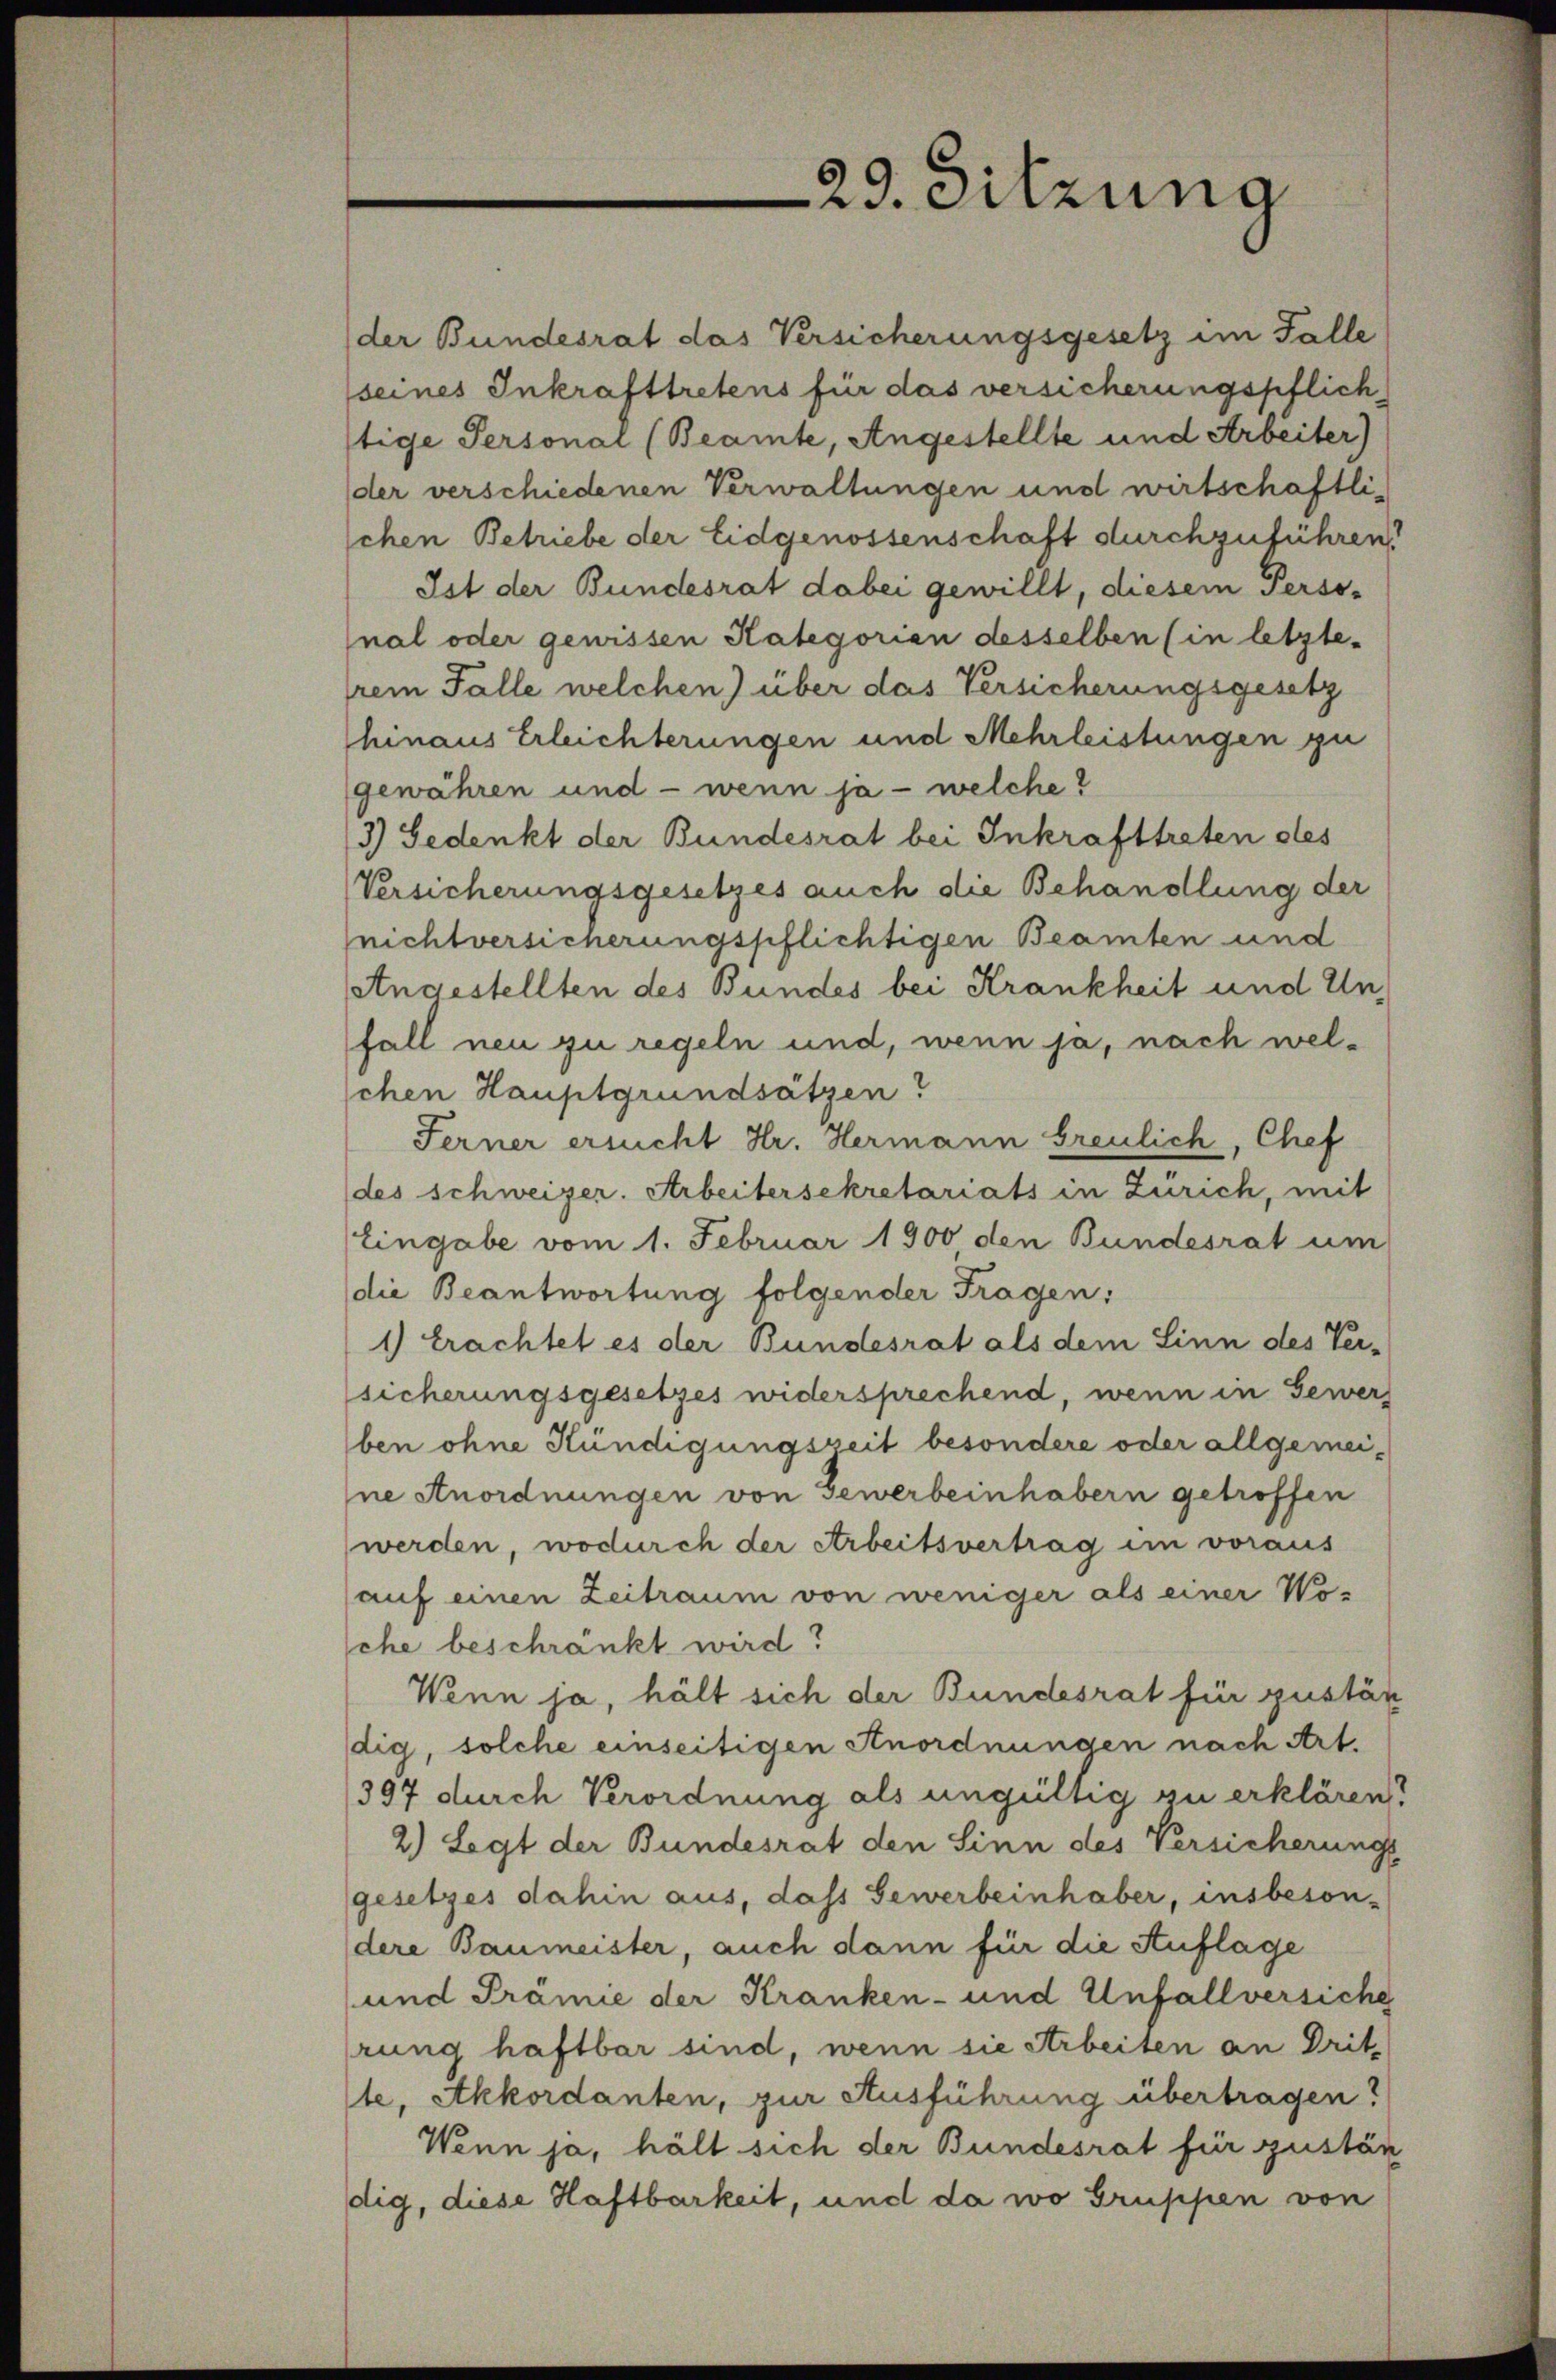
der Bundesrat das Versicherungsgesetz im Falle
seines Inkrafttretens für das versicherungspflich
tige Personal (Beamte, Angestellte und Arbeiter)
der verschiedenen Verwaltungen und wirtschaftlischen Betriebe der Eidgenossenschaft durchzuführen
Ist der Bundesrat dabei gewillt, diesem Personal oder gewissen Kategorien desselben (in letzte-
prem Falle welchen) über das Versicherungsgesetz
hinaus Erleichterungen und Mehrleistungen zu
gewähren und - wenn ja - welche?
3) Gedenkt der Bundesrat bei Inkrafttreten des
Versicherungsgesetzes auch die Behandlung der
nichtversicherungspflichtigen Beamten und
Angestellten des Bundes bei Krankheit und Unfall neu zu regeln und, wenn ja, nach welschen Hauptgrundsätzen?
Ferner ersucht Hr. Hermann freulich, Chef
des schweizer. Arbeitersekretariats in Zürich, mit
Eingabe vom 1. Februar 1900 den Bundesrat um
(die Beantwortung folgender Fragen:
1) Erachtet es der Bundesrat als dem Sinn des Ver-
sicherungsgesetzes widersprechend, wenn in Gewer
ben ohne Kündigungszeit besondere oder allgemeine Anordnungen von Gewerbeinhabern getroffen
werden, wodurch der Arbeitsvertrag im voraus
auf einen Zeitraum von weniger als einer Woche beschränkt wird?
Wenn ja, hält sich der Bundesrat für gustän
dig, solche einseitigen Anordnungen nach Art.
397 durch Verordnung als ungültig zu erklären.
2) Legt der Bundesrat den Sinn des Versicherungs
gesetzes dahin aus, das Gewerbeinhaber, insbeson-
dere Baumeister, auch dann für die Auflage
und Prämie der Kranken- und Unfallversiche
rung haftbar sind, wenn sie Arbeiten an Drit-
te, Akkordanten, zur Ausführung übertragen?
Wenn ja, hält sich der Bundesrat für zustän
dig, diese Haftbarkeit, und da wo Gruppen von

29. Sitzung